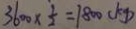
3 6 0 0 \times \frac { 1 } { 2 } = 1 8 0 0 ( k g )